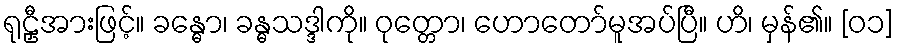
ရုဠှီအားဖြင့်။ ခန္ဓော၊ ခန္ဓသဒ္ဒါကို။ ဝုတ္တော၊ ဟောတော်မူအပ်ပြီ။ ဟိ၊ မှန်၏။ [၀၁]